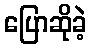
ပြောဆိုခဲ့